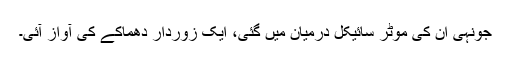
جونہی ان کی موٹر سائیکل درمیان میں گئی، ایک زوردار دھماکے کی آواز آئی۔